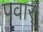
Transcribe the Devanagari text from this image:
पवार्